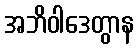
အဘိဝါဒေတွာန